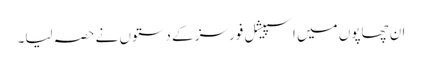
ان چھاپوں میں اسپیشل فورسز کے دستوں نے حصہ لیا۔